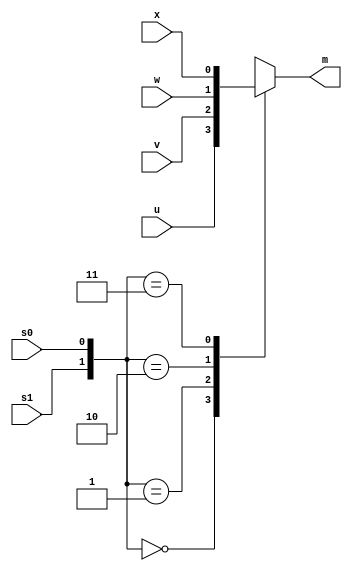
module mux4(
	input wire s1,
	input wire s0,
	input wire u,
	input wire v,
	input wire w,
	input wire x,
	output reg m // procedural block   combinational logic    
);                    // left handed side output reg type 

always @ *
	case({s1, s0}) 
	2'b00 : m = u ; // s1s0 = 00  m = u
	2'b01 : m = v ; // s1s0 = 01  m = v
	2'b10 : m = w ; // s1s0 = 10  m = w
	2'b11 : m = x ; // s1s0 = 11  m = v
//part1  2-to-1 mux   case 
	endcase

endmodule


module part2(
	input wire s0,
	input wire s1,
	input wire [1:0] U,
	input wire [1:0] V,
	input wire [1:0] W,
	input wire [1:0] X,
	output wire [1:0] M
);

mux4 u0(.u(U[0]), .v(V[0]), .w(W[0]), .x(X[0]), .s0(s0), .s1(s1), .m(M[0]));
mux4 u1(.u(U[1]), .v(V[1]), .w(W[1]), .x(X[1]), .s0(s0), .s1(s1), .m(M[1])); 

endmodule

module tbpart2();  // testbench module
reg [1:0] U;
reg [1:0] V;
reg [1:0] W;
reg [1:0] X;
reg s0;
reg s1;
wire [1:0] M;

part2 u(.U(U), .V(V), .W(W), .X(X), .s0(s0), .s1(s1), .M(M));

initial begin

U = 2'b00;
V = 2'b01;
W = 2'b10;
X = 2'b11;  // U = 00, V = 01, W = 10, X = 11   

s0 = 2'b0;
s1 = 2'b0;

#200 s0 = 2'b1;

#200 s1 = 2'b1; s0 = 2'b0;

#200 s0 = 2'b1; // 200 timeunit s0 s1   output  

end

endmodule